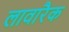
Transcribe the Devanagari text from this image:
लावारैक